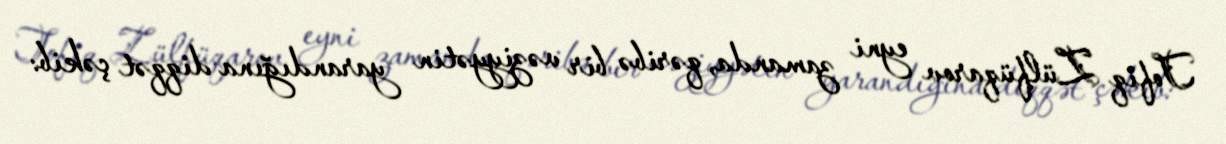
Tofiq Zülfüqarov eyni zamanda, qəribə bir vəziyyətin yarandığına diqqət çəkib: